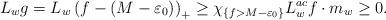
LaTeX: \begin{align*} L_w g = L_w\left(f-(M-\varepsilon_0)\right)_+ \geq \chi_{\{f> M-\varepsilon_0\}}L^{ac}_{w}f\cdot m_w \geq 0. \end{align*}